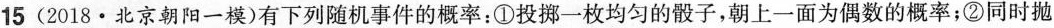
15(2018·北京朝阳一模)有下列随机事件的概率：①投掷一枚均匀的骰子，朝上一面为偶数的概率；②同时抛